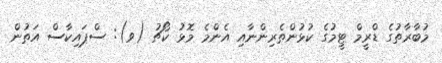
މުބާރާތުގެ ޑްރީމް ޓީމުގެ ކުޅުންތެރިންނާއި އެންމެ މޮޅު ކޯޗު (ވ): ސްޕައިކާސް އަތުން